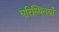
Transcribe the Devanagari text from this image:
परिस्थितयाँ